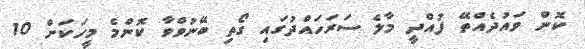
ކޮން ވައުދެއްތޭ ފުއްދީ މާލެ ސަރަހައްދުގައި ގޯތި ބޭނުވްވާ ކޮންމެ މީހަކަށް 10